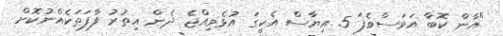
"އާން ކޮބާ އަވަސްވެފަ 5 އިޔާސް އެކީގަ އުޅެވިއްޖެ ދެން އިތުރު ފާފަތަކެއްނުކޮށް